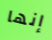
إنها